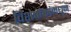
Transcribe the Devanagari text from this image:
विशेषांकांमधून